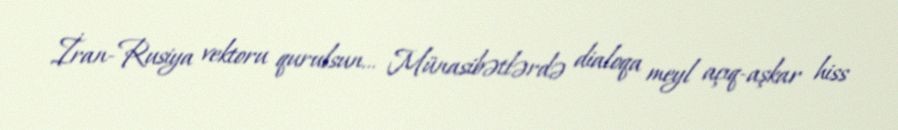
İran-Rusiya vektoru qurulsun... Münasibətlərdə dialoqa meyl açıq-aşkar hiss